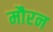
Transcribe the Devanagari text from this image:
मौरन